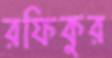
রফিকুর